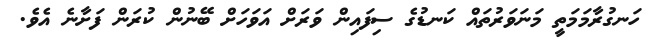
ހަނގުރާމަމަތީ މަނަވަރުތައް ކަނޑުގެ ސިފައިން ވަރަށް އަވަހަށް ބޭނުން ކުރަން ފަށާނެ އެވެ.